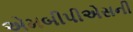
એમબીપીએસની